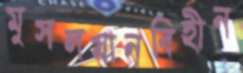
মুসলমানবিহীন